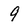
Character: 9